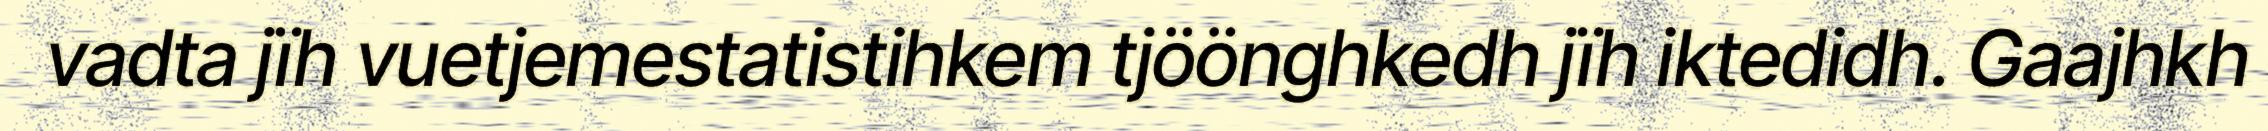
vadta jïh vuetjemestatistihkem tjöönghkedh jïh iktedidh. Gaajhkh